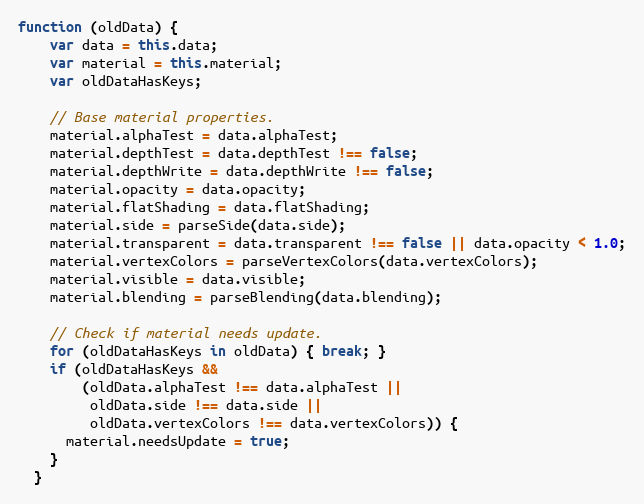
Language: JavaScript
function (oldData) {
    var data = this.data;
    var material = this.material;
    var oldDataHasKeys;

    // Base material properties.
    material.alphaTest = data.alphaTest;
    material.depthTest = data.depthTest !== false;
    material.depthWrite = data.depthWrite !== false;
    material.opacity = data.opacity;
    material.flatShading = data.flatShading;
    material.side = parseSide(data.side);
    material.transparent = data.transparent !== false || data.opacity < 1.0;
    material.vertexColors = parseVertexColors(data.vertexColors);
    material.visible = data.visible;
    material.blending = parseBlending(data.blending);

    // Check if material needs update.
    for (oldDataHasKeys in oldData) { break; }
    if (oldDataHasKeys &&
        (oldData.alphaTest !== data.alphaTest ||
         oldData.side !== data.side ||
         oldData.vertexColors !== data.vertexColors)) {
      material.needsUpdate = true;
    }
  }